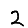
Digit: 2